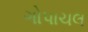
ગોપાચલ